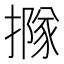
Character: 𢵌